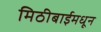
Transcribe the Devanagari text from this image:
मिठीबाईमधून